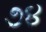
૭૪